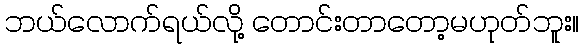
ဘယ်လောက်ရယ်လို့ တောင်းတာတော့မဟုတ်ဘူး။